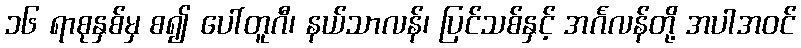
၁၆ ရာစုနှစ်မှ စ၍ ပေါ်တူဂီ၊ နယ်သာလန်၊ ပြင်သစ်နှင့် အင်္ဂလန်တို့ အပါအဝင်